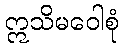
ဣသိမဝေါစုံ